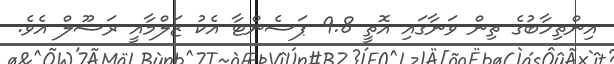
އިންތިހާބުގެ ތިން ވަނާގައި އޮތީ 9.8 ޕަސެންޓާ އެކު ޒަލްމާއީ ރަސޫލް އެވެ.